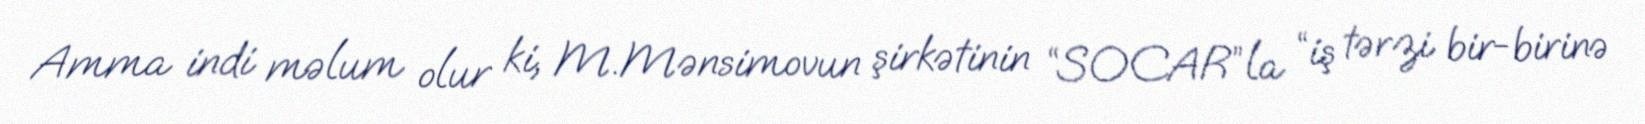
Amma indi məlum olur ki, M.Mənsimovun şirkətinin “SOCAR”la “iş tərzi bir-birinə